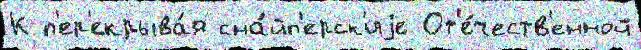
К п'ер'екрыва́я сна́йп'ерск'иjе От'е́честв'енной